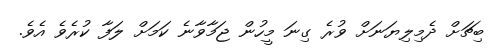
ބިޗަށް ދެމިލިޔަނަށް ވުރެ ގިނަ މީހުން ޖަމާވާނެ ކަމަށް ލަފާ ކުރެވެ އެވެ.